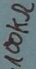
Text: 100KΩ